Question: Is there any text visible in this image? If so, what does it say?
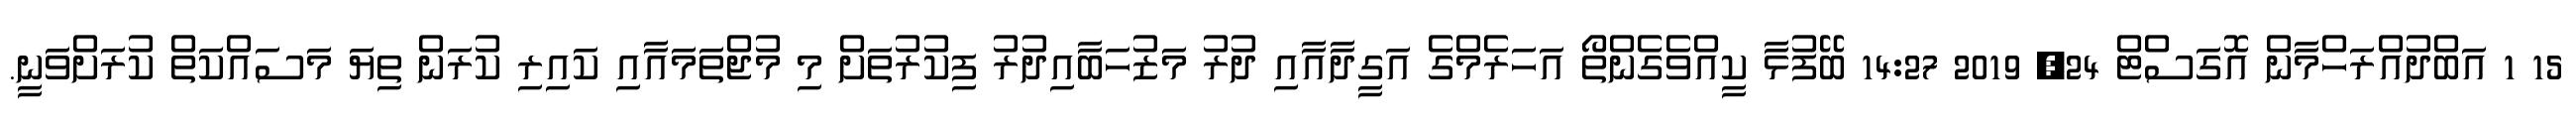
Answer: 15 1 އަބްދުއްރަހްމާން އޮގަސްޓް 24, 2019 14:27 ބޭފުޅާ ކީއްވެގެންތޯ އަހަރެމްގެ އަގީދާއާއި ދުރު މަޒުހަބާއިދުރު ފިކުރުތަށް މި މުޖްތަމައާއި ކައިރި ކުރަން ތިޔަ މަސައްކަތް ކުރަށްވަނީ.